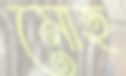
মোহ